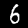
Label: 6